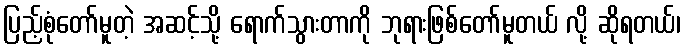
ပြည့်စုံတော်မူတဲ့ အဆင့်သို့ ရောက်သွားတာကို ဘုရားဖြစ်တော်မူတယ် လို့ ဆိုရတယ်၊